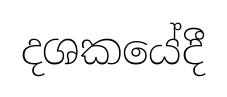
දශකයේදී